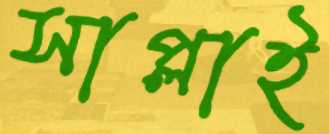
সাপ্লাই